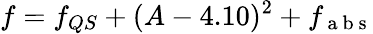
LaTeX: f=f_{QS}+(A-4.10)^{2}+f_{\mathrm{~a~b~s~}}